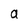
Character: a